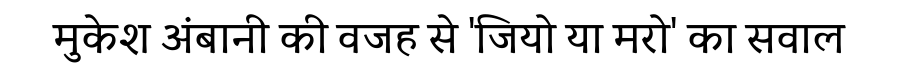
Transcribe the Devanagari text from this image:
मुकेश अंबानी की वजह से 'जियो या मरो' का सवाल